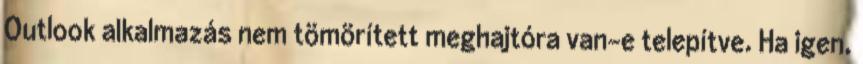
Outlook alkalmazás nem tömörített meghajtóra van-e telepítve. Ha igen,